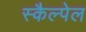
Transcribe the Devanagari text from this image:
स्कैल्पेल